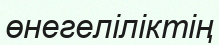
өнегеліліктің